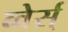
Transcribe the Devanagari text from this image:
ब्वेर्स्